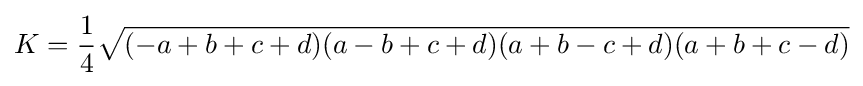
K={\frac {1}{4}}{\sqrt {(-a+b+c+d)(a-b+c+d)(a+b-c+d)(a+b+c-d)}}